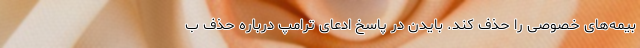
بیمه‌های خصوصی را حذف کند. بایدن در پاسخ ادعای ترامپ درباره حذف ب